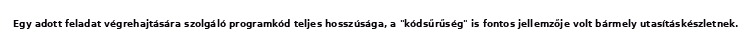
Egy adott feladat végrehajtására szolgáló programkód teljes hosszúsága, a "kódsűrűség" is fontos jellemzője volt bármely utasításkészletnek.